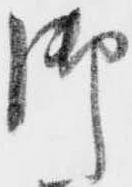
御